Mental hospitals Bombay report 1921-28 - 1921-1928
Year: 1921
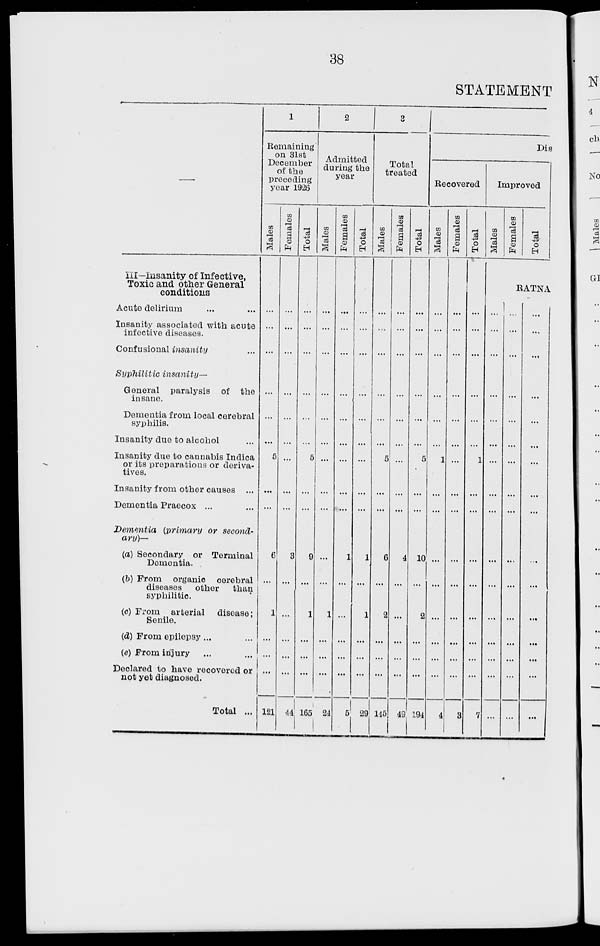
38
STATEMENT
—
III— Insanity of Infective,
Toxic and other General
conditions
Acute delirium ... ...
Insanity associated with acute
infective diseases.
Confusional insanity ...
Syphilitic
insanity—
General paralysis of the
insane.
Dementia from local cerebral
syphilis.
Insanity due to alcohol ...
Insanity due to cannabis Indica
or its preparations or deriva-
tives.
Insanity from other causes ...
Dementia Praecox ... ...
Dementia (primary or second-
ary)—
(a) Secondary or Terminal
Dementia.
(b) From organic
cerebral
diseases
other
than
syphilitic.
(c) From arterial
disease ;
Senile.
(d) From epilepsy ... ...
(e) From injury ... ...
Declared to have recovered or
not yet diagnosed.
Total ...
1
Remaining
on 31st
December
of the
preceding
year 1926
Males
...
...
...
...
...
...
5
...
...
6
...
1
...
...
...
121
Females
...
...
...
...
...
...
...
...
...
3
...
...
...
...
...
44
Total
...
...
...
...
...
...
5
...
...
9
...
1
...
...
...
165
2
Admitted
during the
year
Males
...
...
...
...
...
...
...
...
...
...
...
1
...
...
...
24
Females
...
...
...
...
...
...
...
...
...
1
...
...
...
...
...
5
Total
...
...
...
...
...
...
...
...
...
1
...
1
...
...
...
29
3
Total
treated
Males
...
...
...
...
...
...
5
...
...
6
...
2
...
...
...
145
Females
...
...
...
...
...
...
...
...
...
4
...
...
...
...
...
49
Total
...
...
...
...
...
...
5
...
...
10
...
2
...
...
...
194
Dis
Recovered
Males
...
...
...
...
...
...
1
...
...
...
...
...
...
...
...
4
Females
...
...
...
...
...
...
...
...
...
...
...
...
...
...
...
3
Total
...
...
...
...
...
...
1
...
...
...
...
...
...
...
...
7
Improved
Males
Females
Total
RATNA
...
...
...
...
...
...
...
...
...
...
...
...
...
...
...
...
...
...
...
...
...
...
...
...
...
...
...
...
...
...
...
...
...
...
...
...
...
...
...
...
...
...
...
...
...
...
...
...